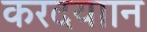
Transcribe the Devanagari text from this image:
करदयाान